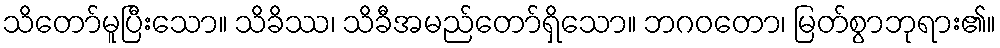
သိတော်မူပြီးသော။ သိခိဿ၊ သိခီအမည်တော်ရှိသော။ ဘဂဝတော၊ မြတ်စွာဘုရား၏။